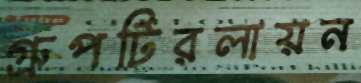
গ্রুপটিরলায়ন